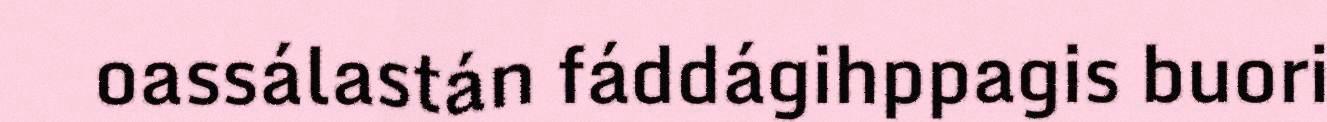
oassálastán fáddágihppagis buori